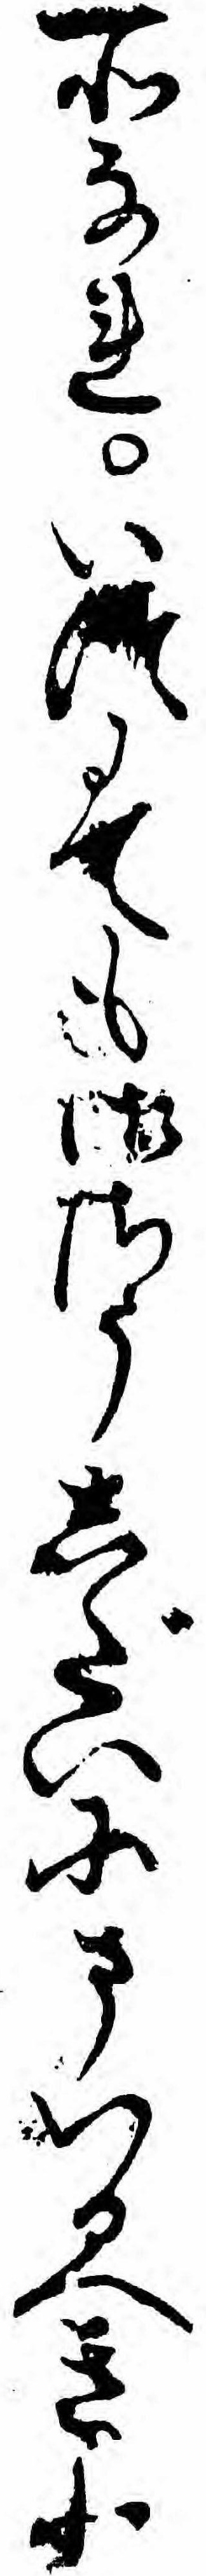
所なれいつにても御さうしだいにまいるへきと